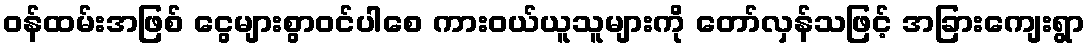
ဝန်ထမ်းအဖြစ် ငွေများစွာဝင်ပါစေ ကားဝယ်ယူသူများကို တော်လှန်သဖြင့် အခြားကျေးရွာ